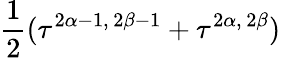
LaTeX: \frac{1}{2}(\tau^{2\alpha-1,\, 2\beta-1}+\tau^{2\alpha,\, 2\beta})